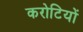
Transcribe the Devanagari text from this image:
करोटियों